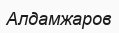
Алдамжаров